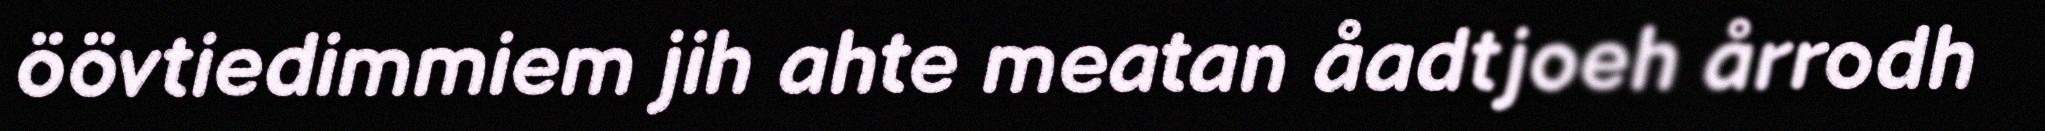
öövtiedimmiem jih ahte meatan åadtjoeh årrodh